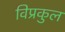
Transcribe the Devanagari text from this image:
विप्रकुल